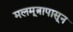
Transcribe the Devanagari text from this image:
मलमूत्रापासून